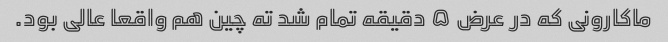
ماکارونی که در عرض ۵ دقیقه تمام شد ته چین هم واقعا عالی بود.